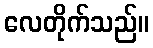
လေတိုက်သည်။